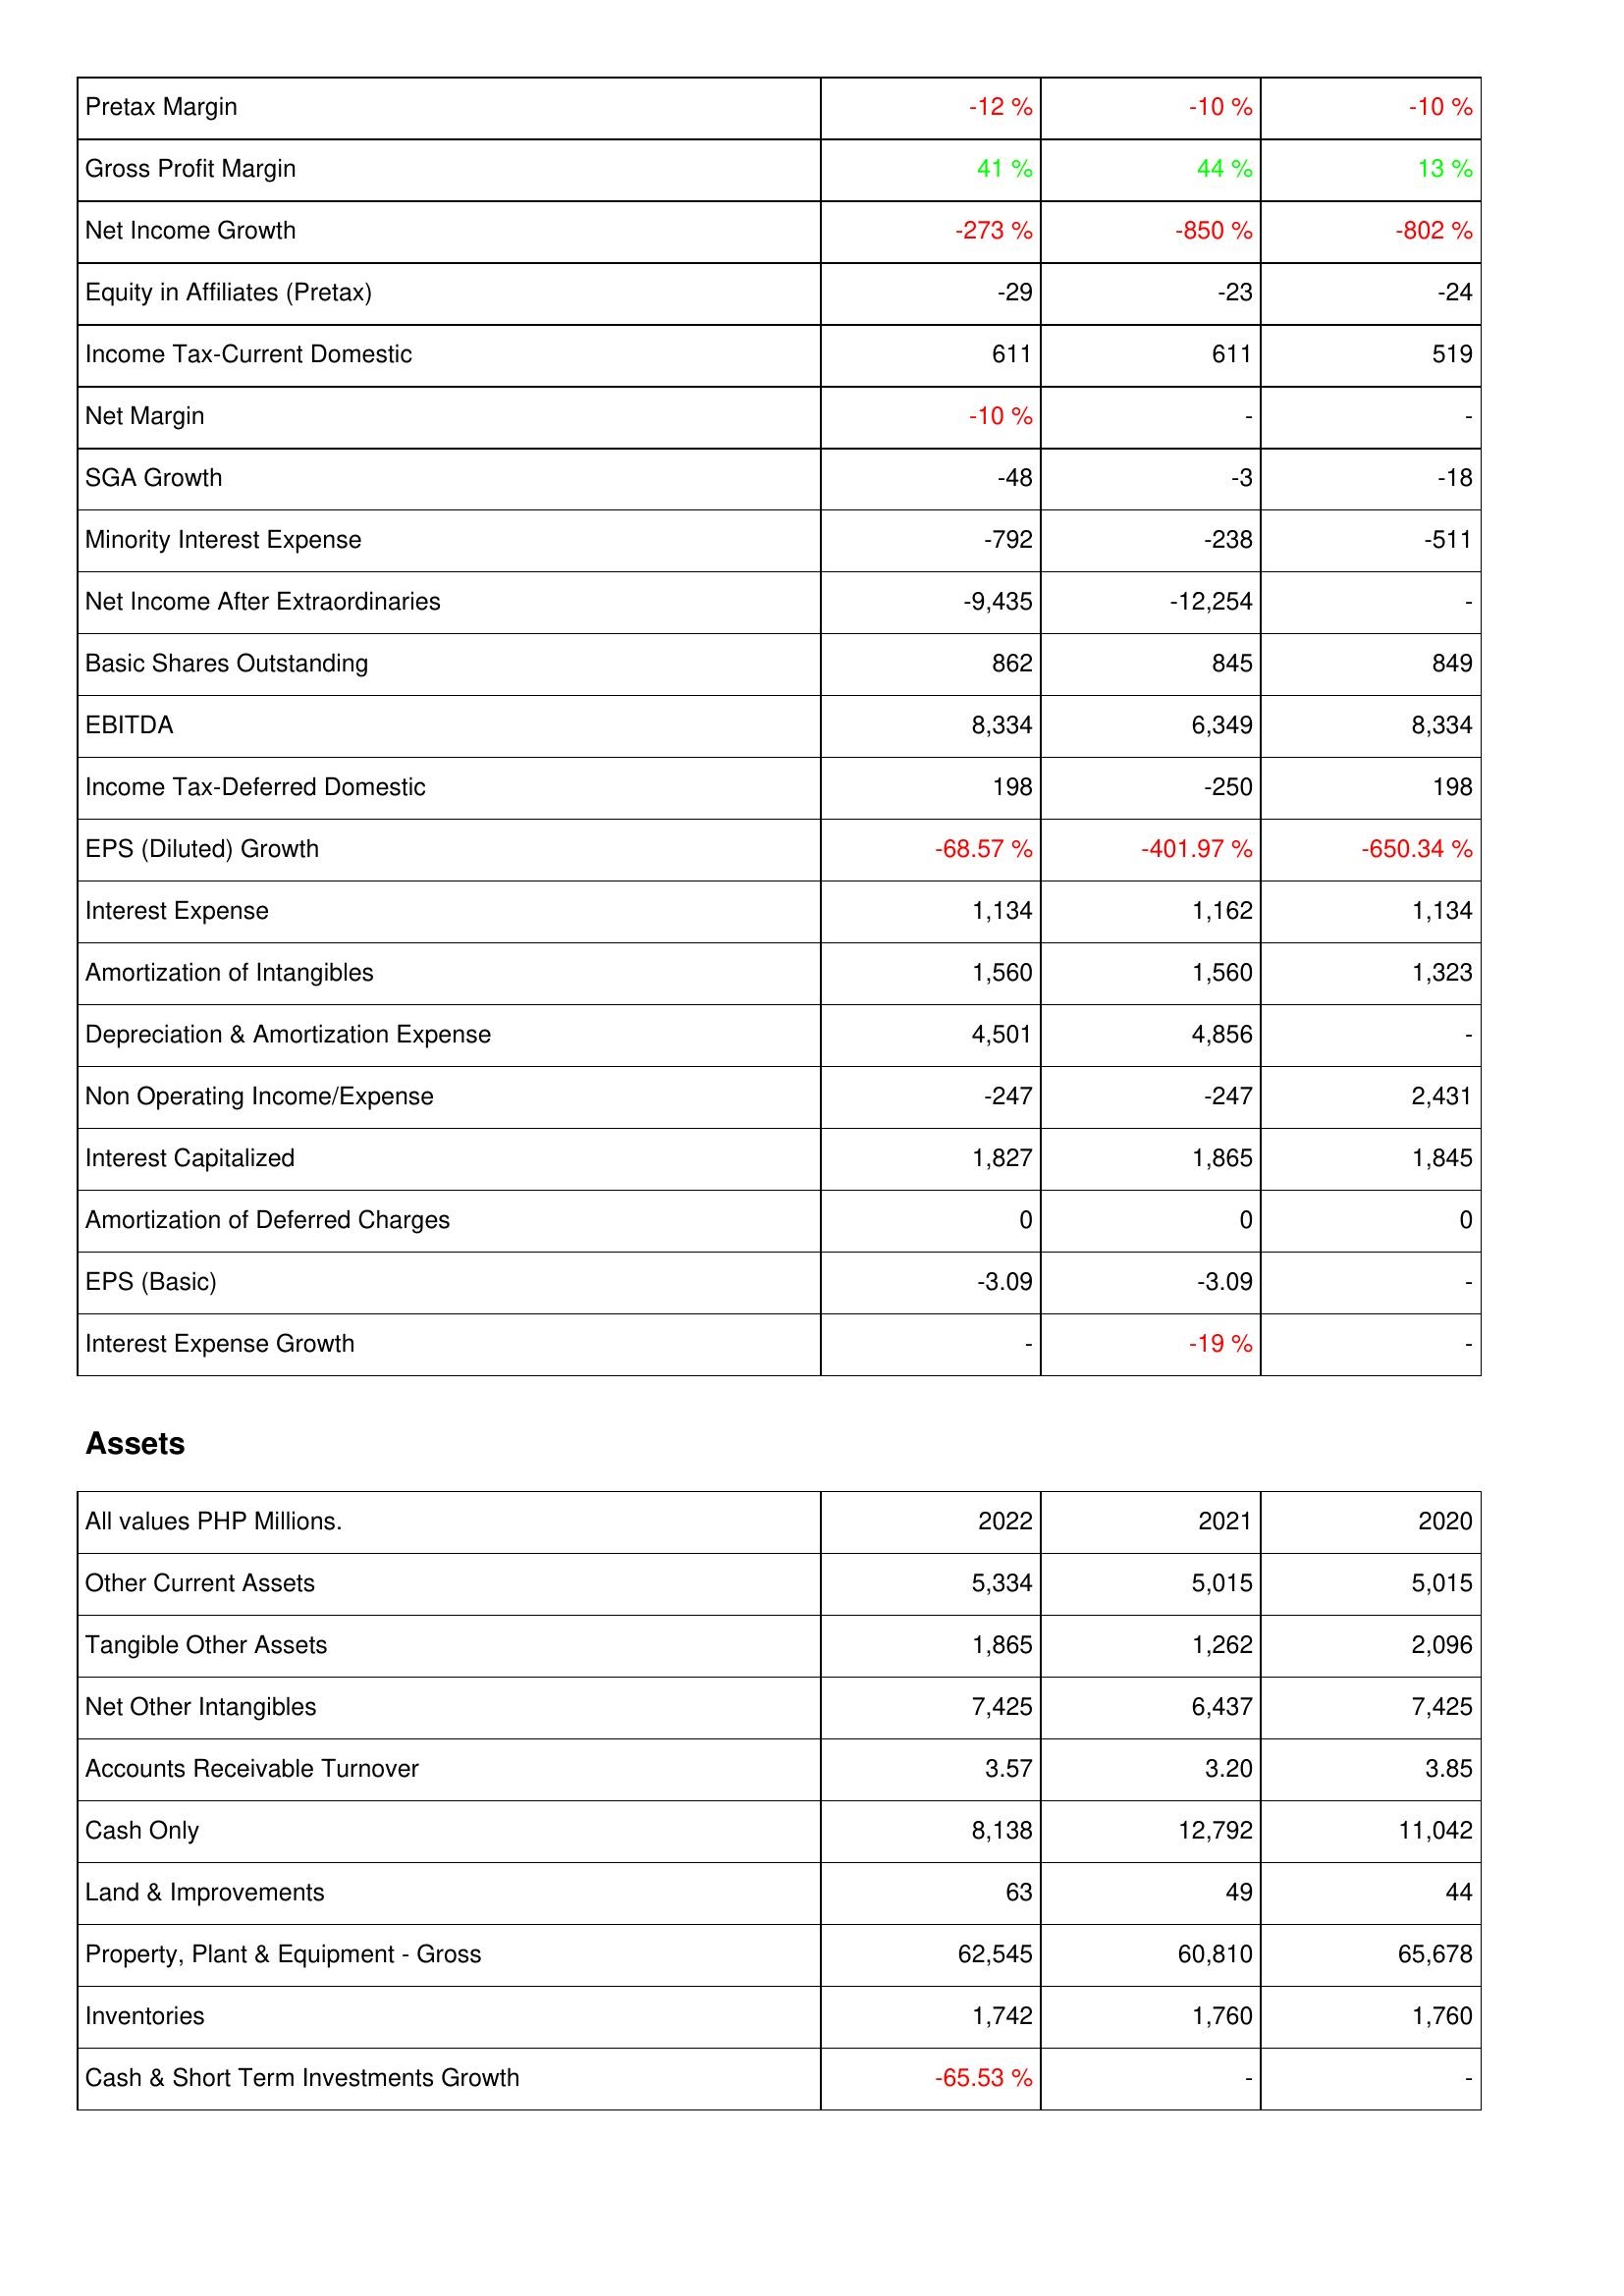
2022: Income Statement: Pretax Margin: -12 %
Gross Profit Margin: 41 %
Net Income Growth: -273 %
Equity in Affiliates (Pretax): -29
Income Tax-Current Domestic: 611
Net Margin: -10 %
SGA Growth: -48
Minority Interest Expense: -792
Net Income After Extraordinaries: -9,435
Basic Shares Outstanding: 862
EBITDA: 8,334
Income Tax-Deferred Domestic: 198
EPS (Diluted) Growth: -68.57 %
Interest Expense: 1,134
Amortization of Intangibles: 1,560
Depreciation & Amortization Expense: 4,501
Non Operating Income/Expense: -247
Interest Capitalized: 1,827
Amortization of Deferred Charges: 0
EPS (Basic): -3.09
Interest Expense Growth: -
Assets: Other Current Assets: 5,334
Tangible Other Assets: 1,865
Net Other Intangibles: 7,425
Accounts Receivable Turnover: 3.57
Cash Only: 8,138
Land & Improvements: 63
Property, Plant & Equipment - Gross: 62,545
Inventories: 1,742
Cash & Short Term Investments Growth: -65.53 %
2021: Income Statement: Pretax Margin: -10 %
Gross Profit Margin: 44 %
Net Income Growth: -850 %
Equity in Affiliates (Pretax): -23
Income Tax-Current Domestic: 611
Net Margin: -
SGA Growth: -3
Minority Interest Expense: -238
Net Income After Extraordinaries: -12,254
Basic Shares Outstanding: 845
EBITDA: 6,349
Income Tax-Deferred Domestic: -250
EPS (Diluted) Growth: -401.97 %
Interest Expense: 1,162
Amortization of Intangibles: 1,560
Depreciation & Amortization Expense: 4,856
Non Operating Income/Expense: -247
Interest Capitalized: 1,865
Amortization of Deferred Charges: 0
EPS (Basic): -3.09
Interest Expense Growth: -19 %
Assets: Other Current Assets: 5,015
Tangible Other Assets: 1,262
Net Other Intangibles: 6,437
Accounts Receivable Turnover: 3.20
Cash Only: 12,792
Land & Improvements: 49
Property, Plant & Equipment - Gross: 60,810
Inventories: 1,760
Cash & Short Term Investments Growth: -
2020: Income Statement: Pretax Margin: -10 %
Gross Profit Margin: 13 %
Net Income Growth: -802 %
Equity in Affiliates (Pretax): -24
Income Tax-Current Domestic: 519
Net Margin: -
SGA Growth: -18
Minority Interest Expense: -511
Net Income After Extraordinaries: -
Basic Shares Outstanding: 849
EBITDA: 8,334
Income Tax-Deferred Domestic: 198
EPS (Diluted) Growth: -650.34 %
Interest Expense: 1,134
Amortization of Intangibles: 1,323
Depreciation & Amortization Expense: -
Non Operating Income/Expense: 2,431
Interest Capitalized: 1,845
Amortization of Deferred Charges: 0
EPS (Basic): -
Interest Expense Growth: -
Assets: Other Current Assets: 5,015
Tangible Other Assets: 2,096
Net Other Intangibles: 7,425
Accounts Receivable Turnover: 3.85
Cash Only: 11,042
Land & Improvements: 44
Property, Plant & Equipment - Gross: 65,678
Inventories: 1,760
Cash & Short Term Investments Growth: -